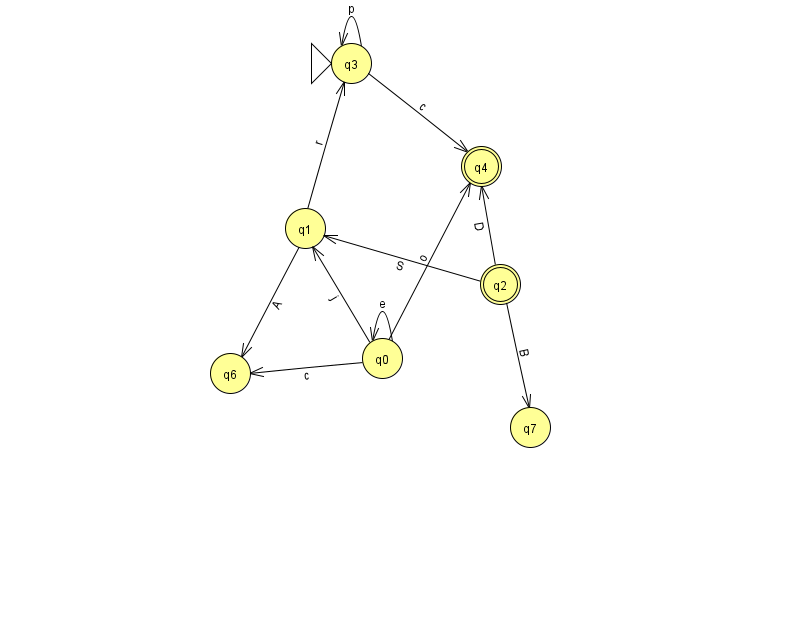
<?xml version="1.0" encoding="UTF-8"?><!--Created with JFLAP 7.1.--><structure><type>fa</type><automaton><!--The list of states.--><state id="0" name="q0"><x>382.0</x><y>345.0</y></state><state id="1" name="q1"><x>305.0</x><y>215.0</y></state><state id="2" name="q2"><x>500.0</x><y>271.0</y><final/></state><state id="3" name="q3"><x>351.0</x><y>50.0</y><initial/></state><state id="4" name="q4"><x>481.0</x><y>153.0</y><final/></state><state id="6" name="q6"><x>230.0</x><y>360.0</y></state><state id="7" name="q7"><x>530.0</x><y>414.0</y></state><!--The list of transitions.--><transition><from>3</from><to>3</to><read>p</read></transition><transition><from>0</from><to>4</to><read>o</read></transition><transition><from>0</from><to>6</to><read>c</read></transition><transition><from>2</from><to>7</to><read>B</read></transition><transition><from>1</from><to>3</to><read>r</read></transition><transition><from>2</from><to>1</to><read>S</read></transition><transition><from>0</from><to>0</to><read>e</read></transition><transition><from>1</from><to>6</to><read>A</read></transition><transition><from>2</from><to>4</to><read>D</read></transition><transition><from>3</from><to>4</to><read>c</read></transition><transition><from>0</from><to>1</to><read>j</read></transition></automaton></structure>